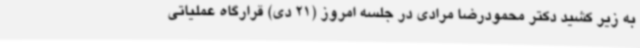
به زیر کشید دکتر محمودرضا مرادی در جلسه امروز (21 دی) قرارگاه عملیاتی